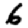
Digit: 6